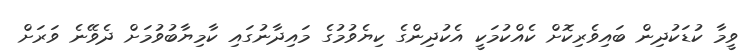
ވީމާ ކުޑަކުދިން ބައިވެރިކޮށް ކެއްކުމަކީ އެކުދިންގެ ކިޔެވުމުގެ މައިދާނުގައި ކާމިޔާބުވުމަށް ދެވޭނެ ވަރަށް